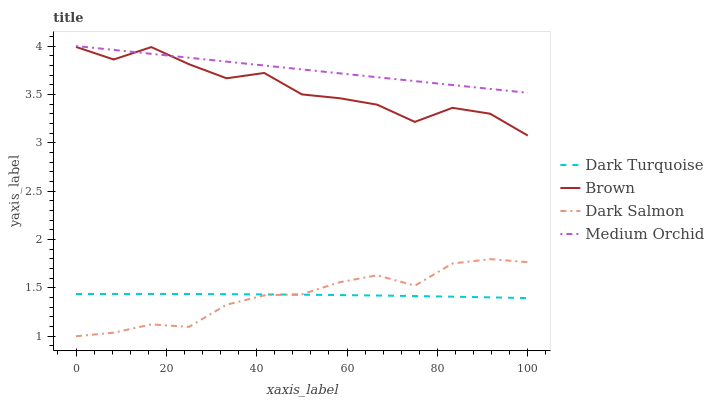
| xaxis_label | Dark Turquoise | Brown | Dark Salmon | Medium Orchid |
 | --- | --- | --- | --- | --- |
 | 0 | 1.44 | 3.99 | 1 | 4 |
 | 8.33 | 1.44 | 3.86 | 1.04 | 3.96 |
 | 16.7 | 1.44 | 3.99 | 1.12 | 3.92 |
 | 25 | 1.44 | 3.81 | 1.1 | 3.88 |
 | 33.3 | 1.44 | 3.67 | 1.33 | 3.84 |
 | 41.7 | 1.43 | 3.72 | 1.42 | 3.8 |
 | 50 | 1.43 | 3.5 | 1.43 | 3.76 |
 | 58.3 | 1.43 | 3.46 | 1.56 | 3.72 |
 | 66.7 | 1.42 | 3.39 | 1.63 | 3.68 |
 | 75 | 1.42 | 3.22 | 1.52 | 3.64 |
 | 83.3 | 1.41 | 3.36 | 1.75 | 3.6 |
 | 91.7 | 1.4 | 3.3 | 1.8 | 3.56 |
 | 100 | 1.39 | 3.07 | 1.77 | 3.52 |